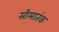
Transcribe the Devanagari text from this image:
सीमातंक